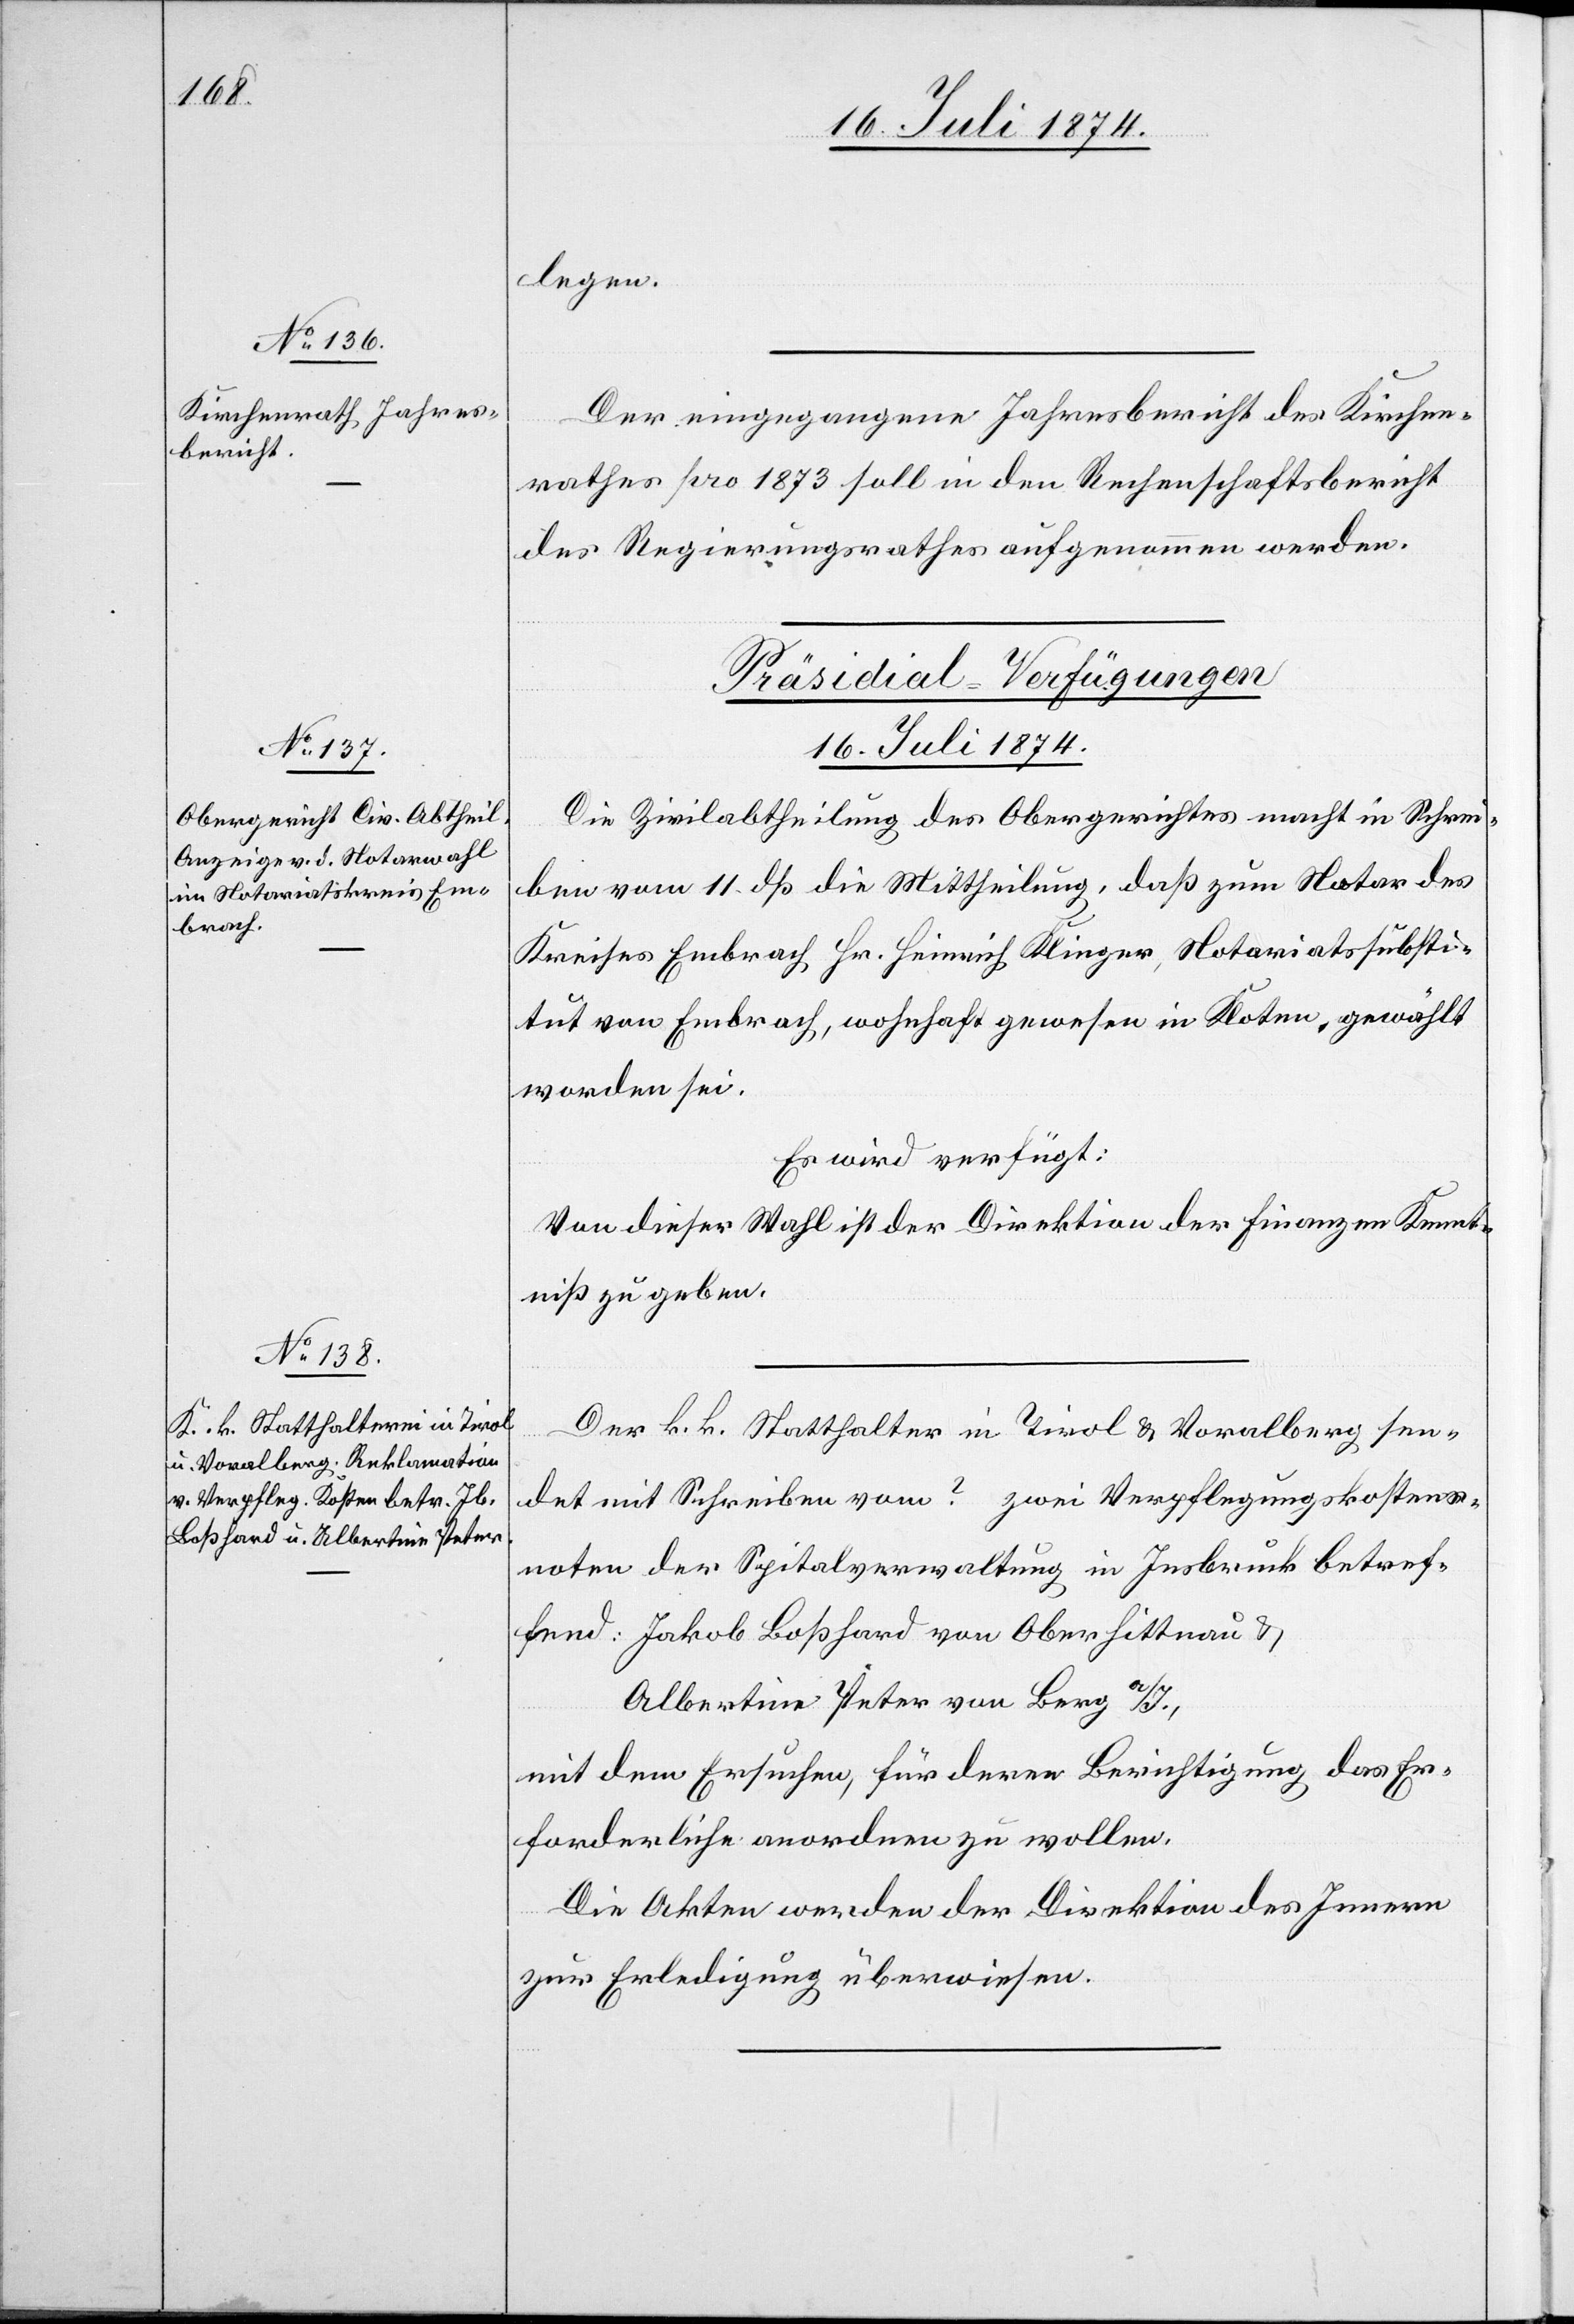
legen.
Der eingegangene Jahresbericht des Kirchen¬
rathes pro 1873 soll in den Rechenschaftsbericht
des Regierungsrathes aufgenommen werden.
[Präsidial-Verfügungen
16. Juli 1874.]
Die Zivilabtheilung des Obergerichtes macht in Schrei¬
ben vom 11. dß die Mittheilung, daß zum Notar des
Kreises Embrach Hr. Heinrich Klinger, Notariatssubsti¬
tut von Embrach, wohnhaft gewesen in Kloten, gewählt
worden sei.
Es wird verfügt:
Von dieser Wahl ist der Direktion der Finanzen Kennt¬
niß zu geben.
Der k. k. Statthalter in Tirol u. Voralberg sen¬
det mit Schreiben vom ? zwei Verpflegungskostens¬
noten der Spitalverwaltung in Insbruck betref¬
fend: Jakob Boßhard von Oberhittnau u.
Albertine Peter von Berg a/I.,
mit dem Ersuchen, für deren Berichtigung das Er¬
forderliche anordnen zu wollen.
Die Akten werden der Direktion des Innern
zur Erledigung überwiesen.